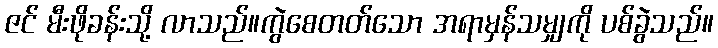
ဇင် မီးဖိုခန်းသို့ လာသည်။ကွဲစေတတ်သော အရာမှန်သမျှကို ပစ်ခွဲသည်။